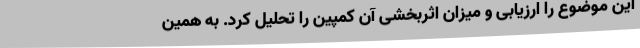
این موضوع را ارزیابی و میزان اثربخشی آن کمپین را تحلیل کرد. به همین